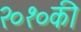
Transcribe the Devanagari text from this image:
२०१०की